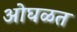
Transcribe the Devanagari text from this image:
ओघळत